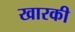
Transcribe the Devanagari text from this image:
खारकी